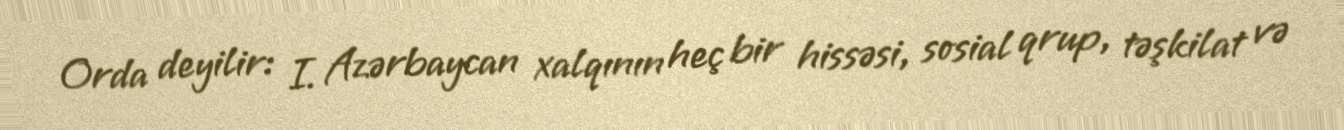
Orda deyilir: I. Azərbaycan xalqının heç bir hissəsi, sosial qrup, təşkilat və